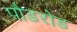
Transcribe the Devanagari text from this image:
पौडरोड